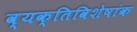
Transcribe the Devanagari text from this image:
व्यक्तिविशेषांक